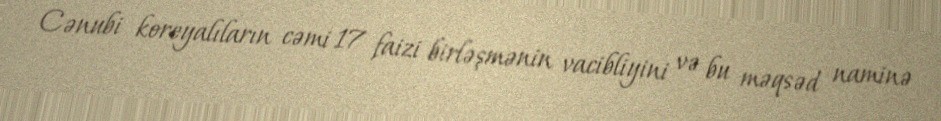
Cənubi koreyalıların cəmi 17 faizi birləşmənin vacibliyini və bu məqsəd naminə